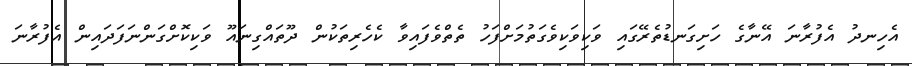
އެހިނދު އެފުރާނަ އޭނާގެ ހަށިގަނޑުތެރޭގައި ވަކިވަކިވެގަތުމަށްފަހު ތެތްވެފައިވާ ކެހެރިތަކުން ދޫތައްގިނައޫ ވަކިކޮށްގަންނަފަދައިން އެފުރާނަ